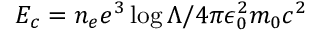
E _ { c } = n _ { e } e ^ { 3 } \log \Lambda / 4 \pi \epsilon _ { 0 } ^ { 2 } m _ { 0 } c ^ { 2 }